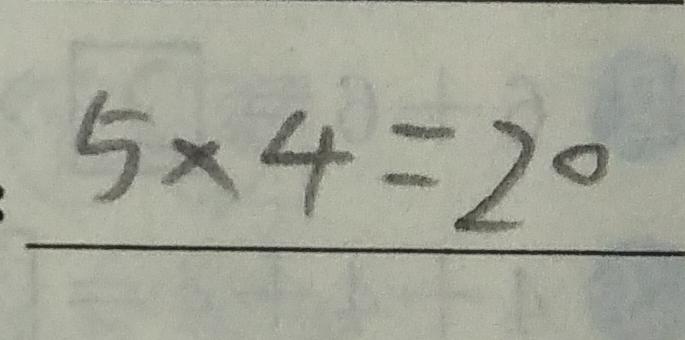
5 \times 4 = 2 0